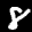
Label: 8